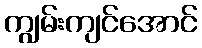
ကျွမ်းကျင်အောင်